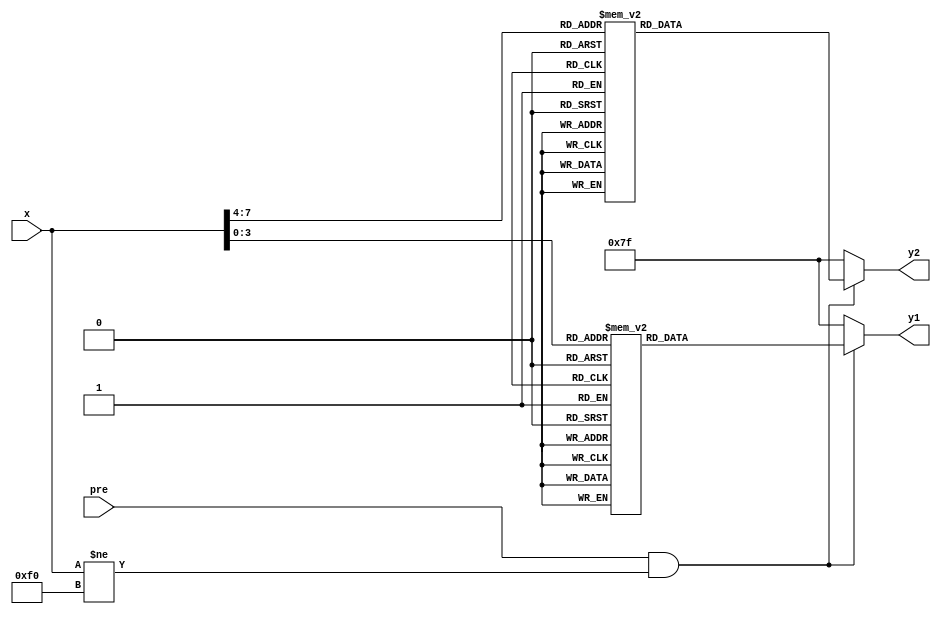
module out_put(x, y1,y2,pre);
	input [7:0] x;
	output reg [6:0] y1;
	input pre;
	output reg [6:0] y2;
	always @(*)
	begin
		if(((pre == 1) && (x[7:0] != 8'hf0)))	
		begin	
			case(x[3:0])
			0: y1[6:0] = 7'b1000000;
			1: y1[6:0] = 7'b1111001;
			2: y1[6:0] = 7'b0100100;
			3: y1[6:0] = 7'b0110000;
			4: y1[6:0] = 7'b0011001;
			5: y1[6:0] = 7'b0010010;
			6: y1[6:0] = 7'b0000010;
			7: y1[6:0] = 7'b1111000;
			8: y1[6:0] = 7'b0000000;
			9: y1[6:0] = 7'b0010000;
			10:y1[6:0] = 7'b0001000;
			11:y1[6:0] = 7'b0000011;
			12:y1[6:0] = 7'b1000110;
			13:y1[6:0] = 7'b0100001;
			14:y1[6:0] = 7'b0000110;
			15:y1[6:0] = 7'b0001110;
			endcase
		
			case(x[7:4])
			0: y2[6:0] = 7'b1000000;
			1: y2[6:0] = 7'b1111001;
			2: y2[6:0] = 7'b0100100;
			3: y2[6:0] = 7'b0110000;
			4: y2[6:0] = 7'b0011001;
			5: y2[6:0] = 7'b0010010;
			6: y2[6:0] = 7'b0000010;
			7: y2[6:0] = 7'b1111000;
			8: y2[6:0] = 7'b0000000;
			9: y2[6:0] = 7'b0010000;
			10:y2[6:0] = 7'b0001000;
			11:y2[6:0] = 7'b0000011;
			12:y2[6:0] = 7'b1000110;
			13:y2[6:0] = 7'b0100001;
			14:y2[6:0] = 7'b0000110;
			15:y2[6:0] = 7'b0001110;
			endcase
		end
		else
		begin
			y1[6:0] = 7'b1111111;
			y2[6:0] = 7'b1111111;
		end
	end
	
endmodule